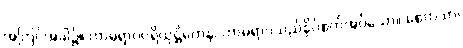
အကြင်အခါ၌။ ကာမရာဂပရိယုဋ္ဌိတေန၊ ကာမရာဂသည်နှိပ်စက်အပ်သော။ စေတသာ၊